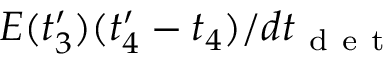
E ( t _ { 3 } ^ { \prime } ) ( t _ { 4 } ^ { \prime } - t _ { 4 } ) / d t _ { \mathrm { ~ d ~ e ~ t ~ } }